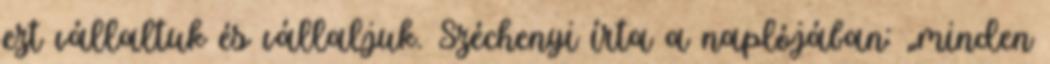
ezt vállaltuk és vállaljuk. Széchenyi írta a naplójában: „minden